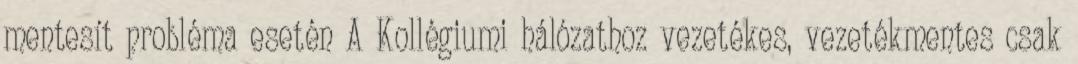
mentesít probléma esetén A Kollégiumi hálózathoz vezetékes, vezetékmentes csak